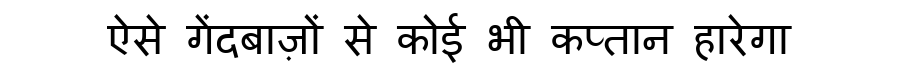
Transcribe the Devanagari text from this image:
ऐसे गेंदबाज़ों से कोई भी कप्तान हारेगा